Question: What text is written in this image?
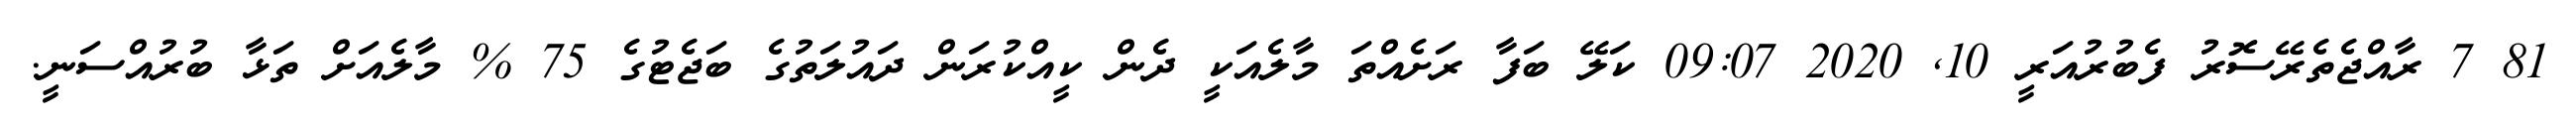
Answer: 81 7 ރާއްޖެތެރޭސޮރު ފެބުރުއަރީ 10, 2020 09:07 ކަލޭ ބަފާ ރަށެއްތަ މާލެއަކީ ދެން ކީއްކުރަން ދައުލަތުގެ ބަޖެޓުގެ 75 % މާލެއަށް ތަޅާ ބުރުއްސަނީ.